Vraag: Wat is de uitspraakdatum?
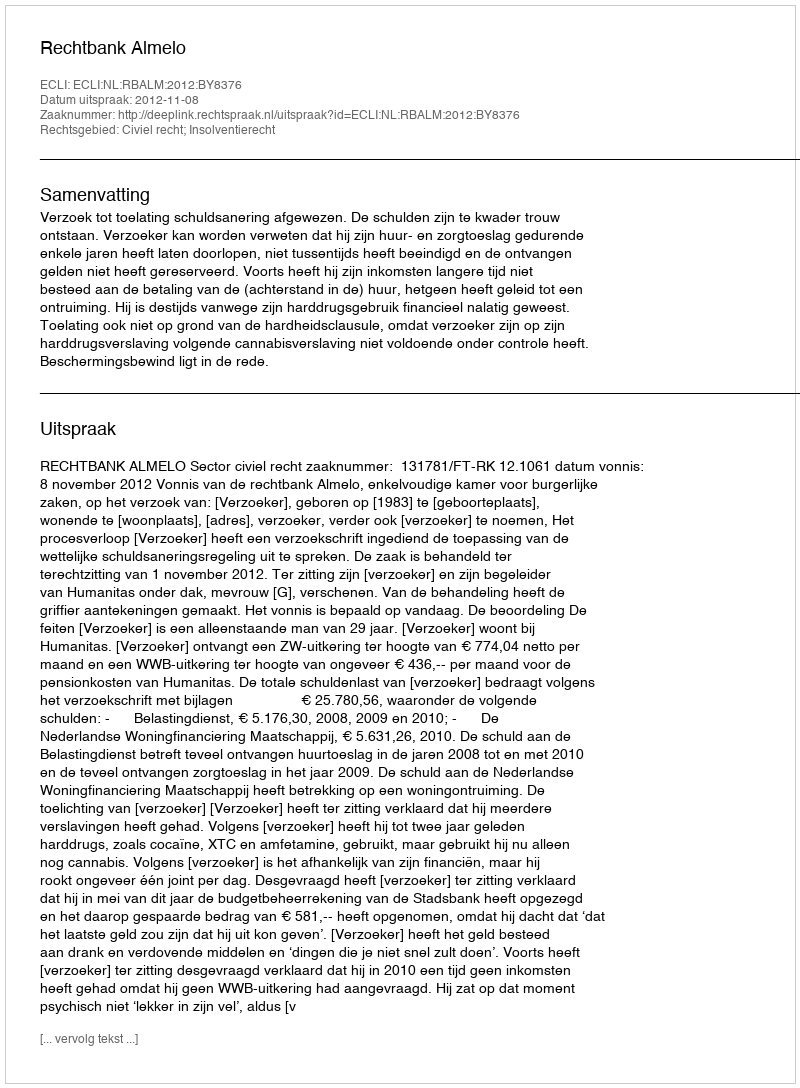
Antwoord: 2012-11-08